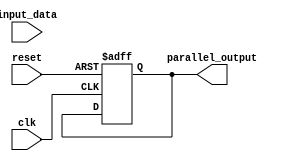
module example3 (input_data, parallel_output, clk, reset);

input wire input_data, clk, reset;
parameter WIDTH = 0;
output reg [WIDTH:0] parallel_output;
wire temp;
always@(posedge clk, posedge reset) begin
    if(reset == 1'b1) begin
        parallel_output = {WIDTH{1'b0}};
    end
    else begin
        parallel_output <= {input_data, parallel_output [WIDTH:1]};
    end
end

endmodule